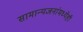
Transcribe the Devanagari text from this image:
सामान्यजनांमध्येही